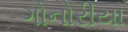
ગોનોરીયા